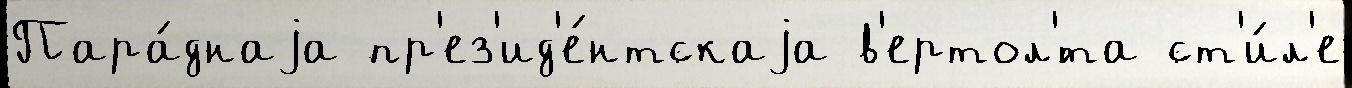
Пара́днаjа пр'ез'ид'е́нтскаjа в'ертол'́та ст'и́л'е